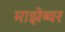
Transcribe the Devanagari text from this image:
माझेब्वर